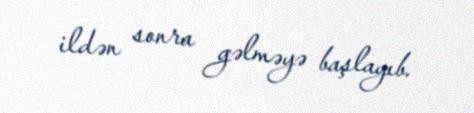
ildən sonra gəlməyə başlayıb.